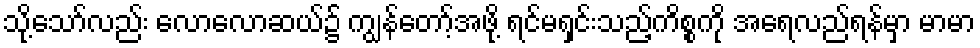
သို့သော်လည်း လောလောဆယ်၌ ကျွန်တော့်အဖို့ ရင်မရှင်းသည့်ကိစ္စကို အရေလည်ရန်မှာ မာမာ